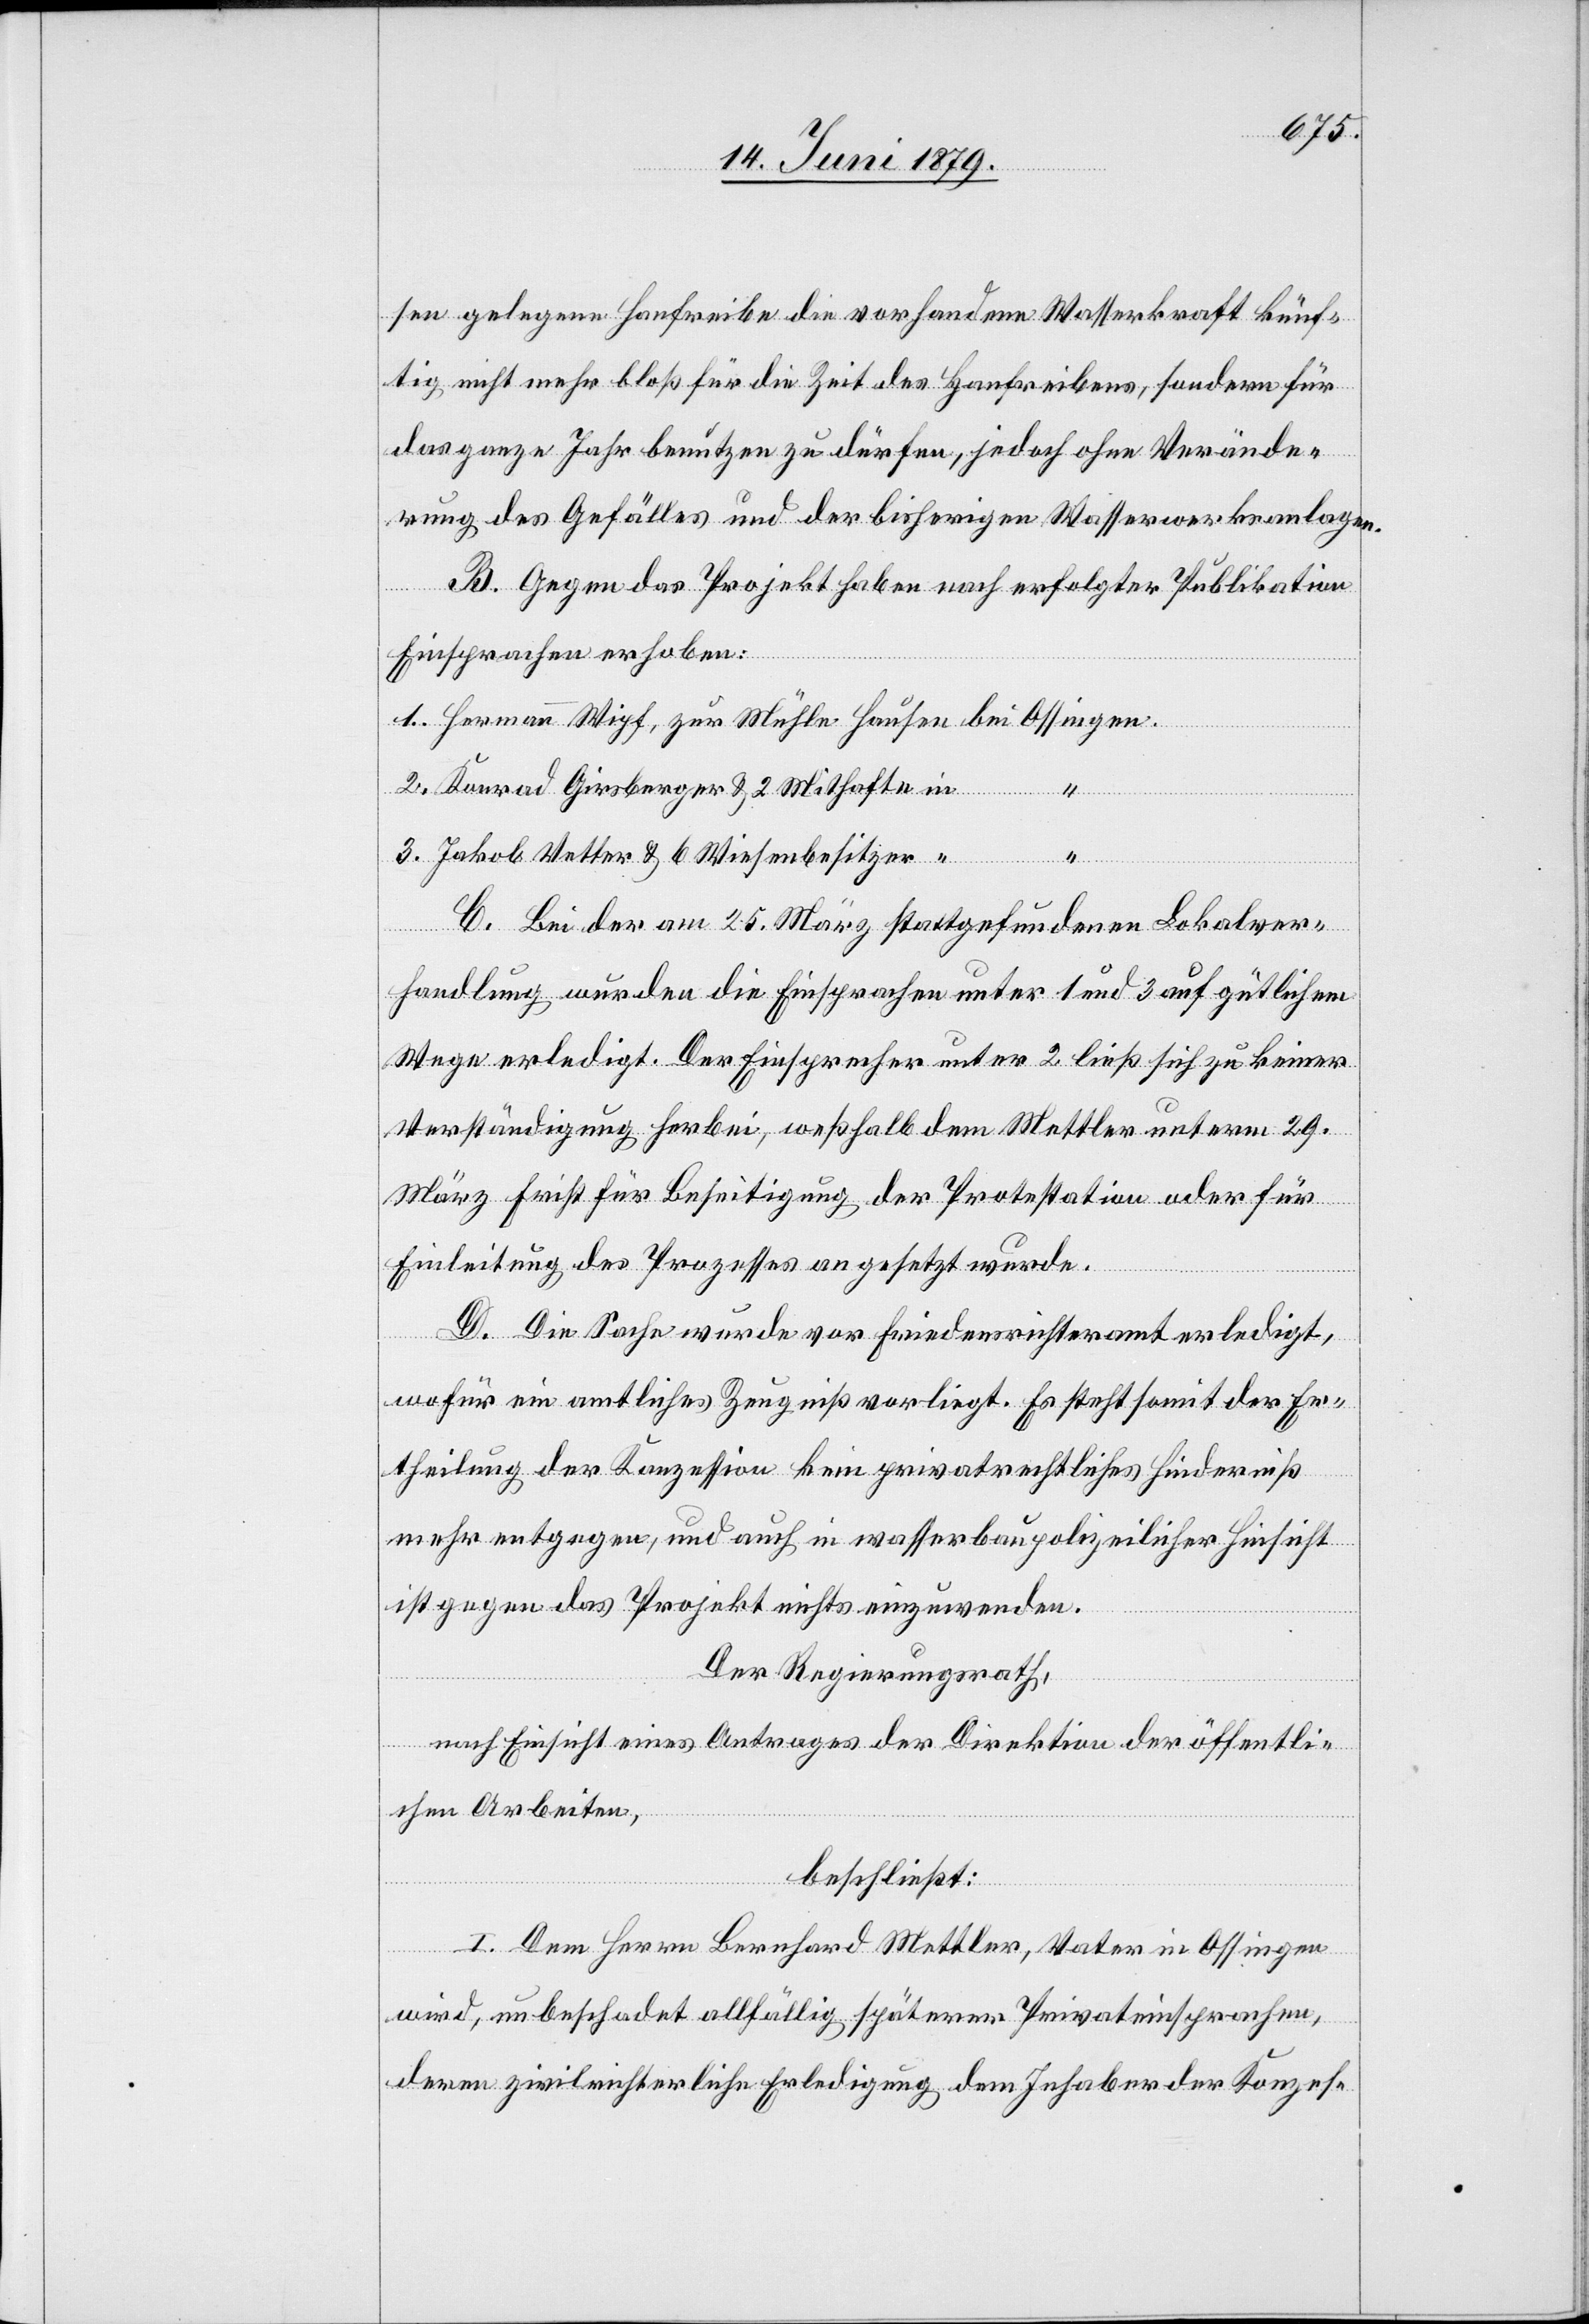
sen gelegene Hanfreibe die vorhandene Wasserkraft künf¬
tig nicht mehr bloß für die Zeit des Hanfreibens, sondern für
das ganze Jahr benutzen zu dürfen, jedoch ohne Verände¬
rung des Gefälles und der bisherigen Wasserwerksanlagen.
B. Gegen das Projekt haben nach erfolgter Publikation
Einsprachen erhoben:
Konrad Girsberger & 2 Mithafte in
Jakob Vetter & 6 Wiesenbesitzer “
C. Bei der am 25. März stattgefundenen Lokalver¬
handlung wurden die Einsprachen unter 1 und 3 auf gütlichem
Wege erledigt. Der Einsprecher unter 2 ließ sich zu keiner
Verständigung herbei, weßhalb dem Mettler unterm 29.
März Frist für Beseitigung der Protestation oder für
Einleitung des Prozesses angesetzt wurde.
D. Die Sache wurde vor Friedensrichteramt erledigt,
wofür ein amtliches Zeugniß vorliegt. Es steht somit der Er¬
theilung der Konzession kein privatrechtliches Hinderniß
mehr entgegen, und auch in wasserbaupolizeilicher Hinsicht
ist gegen das Projekt nichts einzuwenden.
3.
Der Regierungsrath,
nach Einsicht eines Antrages der Direktion der öffentli¬
chen Arbeiten,
beschließt:
I. Dem Herrn Bernhard Mettler, Vater in Ossingen
wird, unbeschadet allfällig späterer Privateinsprachen,
deren zivilrichterliche Erledigung dem Inhaber der Konzes-